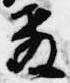
教